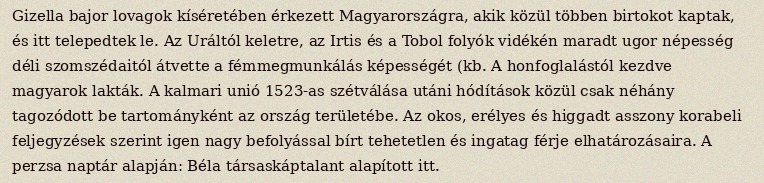
Gizella bajor lovagok kíséretében érkezett Magyarországra, akik közül többen birtokot kaptak, és itt telepedtek le. Az Uráltól keletre, az Irtis és a Tobol folyók vidékén maradt ugor népesség déli szomszédaitól átvette a fémmegmunkálás képességét (kb. A honfoglalástól kezdve magyarok lakták. A kalmari unió 1523-as szétválása utáni hódítások közül csak néhány tagozódott be tartományként az ország területébe. Az okos, erélyes és higgadt asszony korabeli feljegyzések szerint igen nagy befolyással bírt tehetetlen és ingatag férje elhatározásaira. A perzsa naptár alapján: Béla társaskáptalant alapított itt.